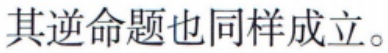
其逆命题也同样成立。